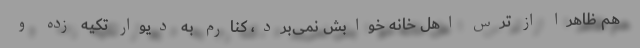
هم ظاهراً از ترس اهل خانه خوابش نمی‌برد، کنارم به دیوار تکیه زده و